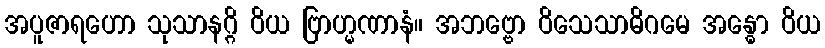
အပူဇာရဟော သုသာနဂ္ဂိ ဝိယ ဗြာဟ္မဏာနံ။ အဘဗ္ဗော ဝိသေသာဓိဂမေ အန္ဓော ဝိယ